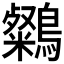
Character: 𪆶